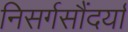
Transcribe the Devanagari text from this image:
निसर्गसौंदर्या